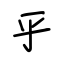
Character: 乎